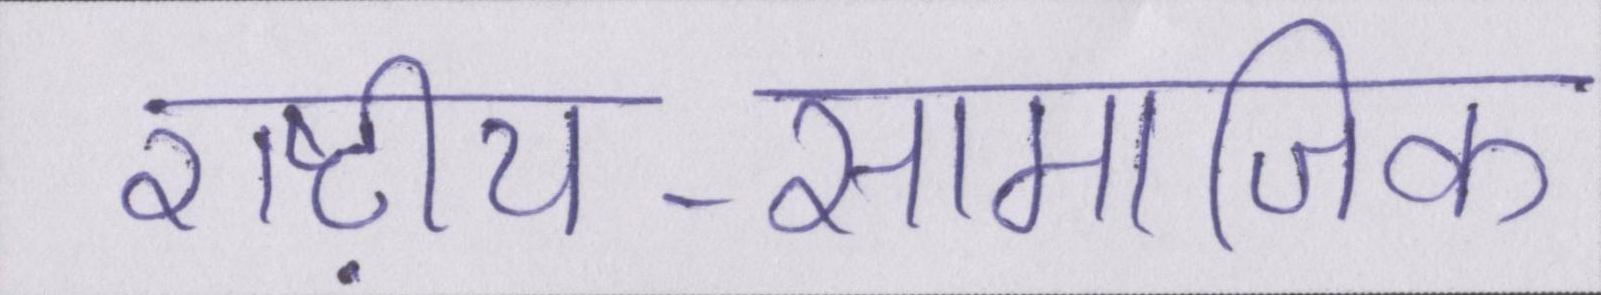
राष्ट्रीय-सामाजिक